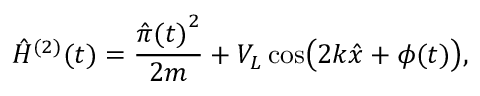
\hat { H } ^ { ( 2 ) } ( t ) = \frac { { \hat { \pi } ( t ) } ^ { 2 } } { 2 m } + V _ { L } \cos \bigl ( 2 k \hat { x } + \phi ( t ) \bigr ) ,